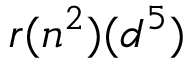
r ( n ^ { 2 } ) ( d ^ { 5 } )